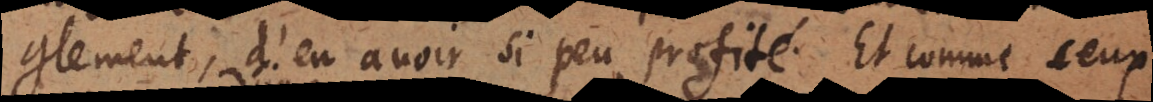
aveuglement, d’en avoir si peu profité. Et comme ceux